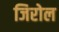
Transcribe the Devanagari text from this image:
जिरोल